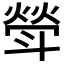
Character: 𣂈